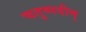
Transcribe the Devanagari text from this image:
चतुष्पदीम्